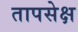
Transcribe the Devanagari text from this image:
तापसेक्ष